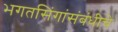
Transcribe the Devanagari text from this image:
भगतसिंगांसंबंधीचे